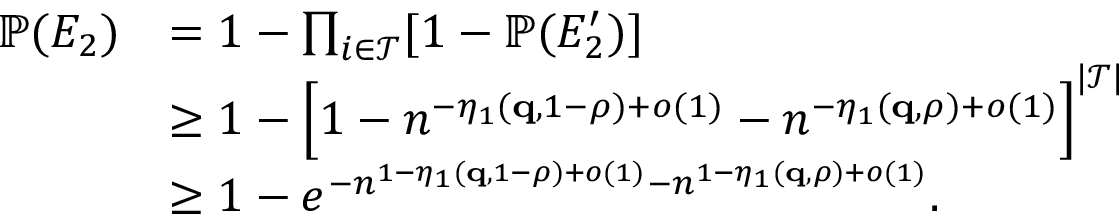
\begin{array} { r l } { { \mathbb P } ( E _ { 2 } ) } & { = 1 - \prod _ { i \in \mathcal { T } } [ 1 - { \mathbb P } ( E _ { 2 } ^ { \prime } ) ] } \\ & { \geq 1 - \Big [ 1 - n ^ { - \eta _ { 1 } ( \mathbf { q } , 1 - \rho ) + o ( 1 ) } - n ^ { - \eta _ { 1 } ( \mathbf { q } , \rho ) + o ( 1 ) } \Big ] ^ { | \mathcal { T } | } } \\ & { \geq 1 - e ^ { - n ^ { 1 - \eta _ { 1 } ( \mathbf { q } , 1 - \rho ) + o ( 1 ) } - n ^ { 1 - \eta _ { 1 } ( \mathbf { q } , \rho ) + o ( 1 ) } } . } \end{array}